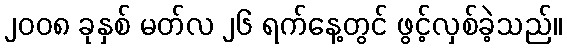
၂၀၀၈ ခုနှစ် မတ်လ ၂၆ ရက်နေ့တွင် ဖွင့်လှစ်ခဲ့သည်။